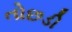
તોછડી